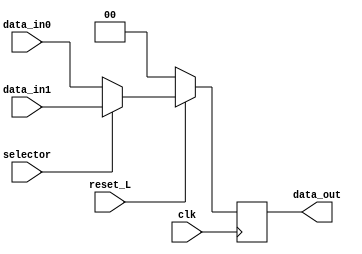
module mux_memoria(
    input clk,
    input reset_L,
    input selector,
    input [1:0] data_in0,
    input [1:0] data_in1,
    output reg [1:0] data_out
);
    // Este es un wire temporal que pasar los registros del MUX al Flip Flop
    reg [1:0] temporal_output;

    // Este es el bloque always para la lgica del MUX 2x1
    always @(*) begin
        if (selector)
            temporal_output = data_in1;
        else
            temporal_output = data_in0;

    end

    // Este es el bloque always para la lgica del Flip Flop con reset

    always @(posedge clk) begin
        if (reset_L)
            data_out <= temporal_output;
        else
            data_out <= 2'b00;
    end

endmodule